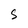
Character: S